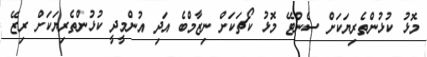
މޮޅު ކުޅުންތެރިޔަކަށް ސެންޓޭ މޮޅު ކޯޗަކަށް ނިޒާމްބެ އަދި އުންމީދީ ކުޅުންތެރިޔަކަށް ރިޒޭ